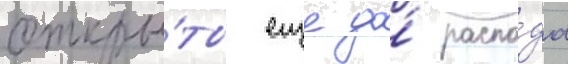
откры́ты еще до́ распа́да